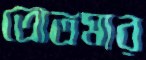
তোতমার